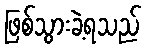
ဖြစ်သွားခဲ့ရသည်